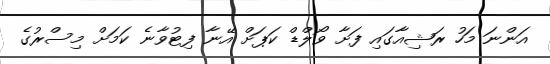
އަންނަ މަހު ރަޝިއާގައި ފަށާ ވޯލްޑް ކަޕަށް އޭނާ ފިޓުވާނެ ކަމަށް މިސްރުގެ